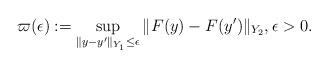
LaTeX: \begin{align*}\varpi(\epsilon) := \sup_{\|y-y'\|_{Y_1} \leq \epsilon} \| F(y) -F(y')\|_{Y_2}, \epsilon >0 .\end{align*}